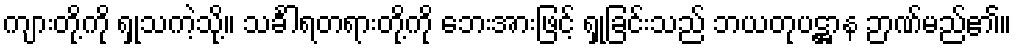
ကျားတို့ကို ရှုသကဲ့သို့။ သင်္ခါရတရားတို့ကို ဘေးအားဖြင့် ရှုခြင်းသည် ဘယတုပဋ္ဌာန ဉာဏ်မည်၏။